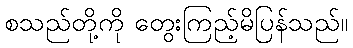
စသည်တို့ကို တွေးကြည့်မိပြန်သည်။